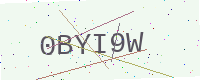
Text: 0BYI9W